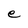
Character: e